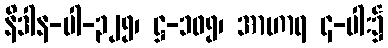
နိဒါန-ပါ-၃၂၅၊ ဋ္ဌ-၁၀၅၊ အာဟာရ ၄-ပါး၌